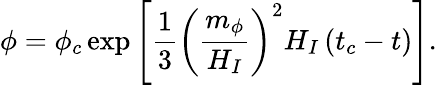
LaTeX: \phi=\phi_{c}\exp\left[\frac{1}{3}\left(\frac{m_{\phi}}{H_{I}}\right)^{2}H_{I}\left(t_{c}-t\right)\right].